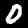
Label: 0